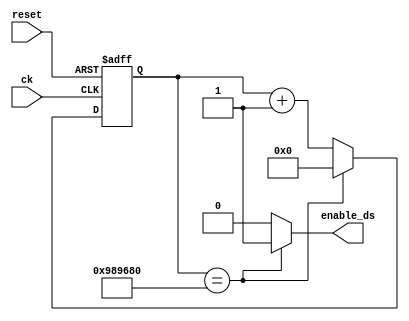
`timescale 1ns/1ps

module count_ds(
    input ck, reset, 
    output reg enable_ds
);

    parameter [23:0] MAX_COUNT = 10_000_000;
    reg [23:0] count, count_next;
    always @(posedge ck, posedge reset) begin
        if (reset) count <= 0;
        else count <= count_next;
    end

    always @(count) begin
        if (count == MAX_COUNT) begin
            count_next = 0;
            enable_ds = 1;
        end
        else begin
            count_next = count + 1;
            enable_ds = 0;
        end
    end

endmodule

module dec_count(
    input ck, reset, load,
    input [5:0] new_value,
    output zero
);

    reg [5:0] value, value_next;
    wire enable;

    count_ds u0(ck, reset, enable);

    always @(posedge ck, posedge reset) begin
        if (reset) value <= 0;
        else value <= value_next;
    end

    always @(new_value, value, load, enable) begin
        if (load) value_next = new_value;
        else if (enable && value) value_next = value - 1;
        else value_next = value;
    end

    assign zero = ~|value;

endmodule